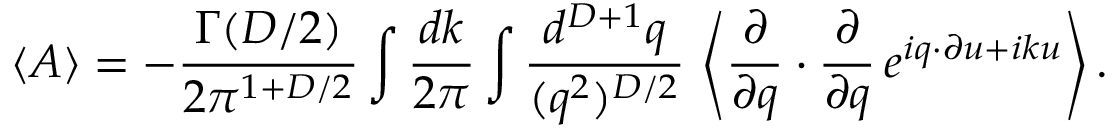
\langle { \cal A } \rangle = - \frac { \Gamma ( D / 2 ) } { 2 \pi ^ { 1 + D / 2 } } \int \frac { d k } { 2 \pi } \int \frac { d ^ { D + 1 } q } { ( q ^ { 2 } ) ^ { D / 2 } } \, \left\langle \frac { \partial } { \partial q } \cdot \frac { \partial } { \partial q } \, e ^ { i q \cdot \partial u + i k u } \right\rangle .